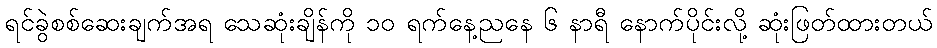
ရင်ခွဲစစ်ဆေးချက်အရ သေဆုံးချိန်ကို ၁၀ ရက်နေ့ညနေ ၆ နာရီ နောက်ပိုင်းလို့ ဆုံးဖြတ်ထားတယ်